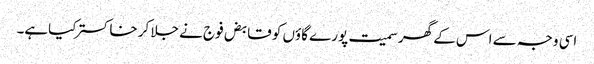
اسی وجہ سے اس کے گھر سمیت پورے گاؤں کو قابض فوج نے جلا کر خاکستر کیاہے۔